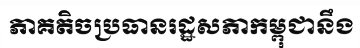
ភាគតិចប្រធានរដ្ឋសភាកម្ពុជានឹង